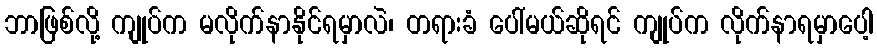
ဘာဖြစ်လို့ ကျုပ်က မလိုက်နာနိုင်ရမှာလဲ၊ တရားခံ ပေါ်မယ်ဆိုရင် ကျုပ်က လိုက်နာရမှာပေါ့